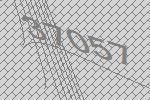
37057